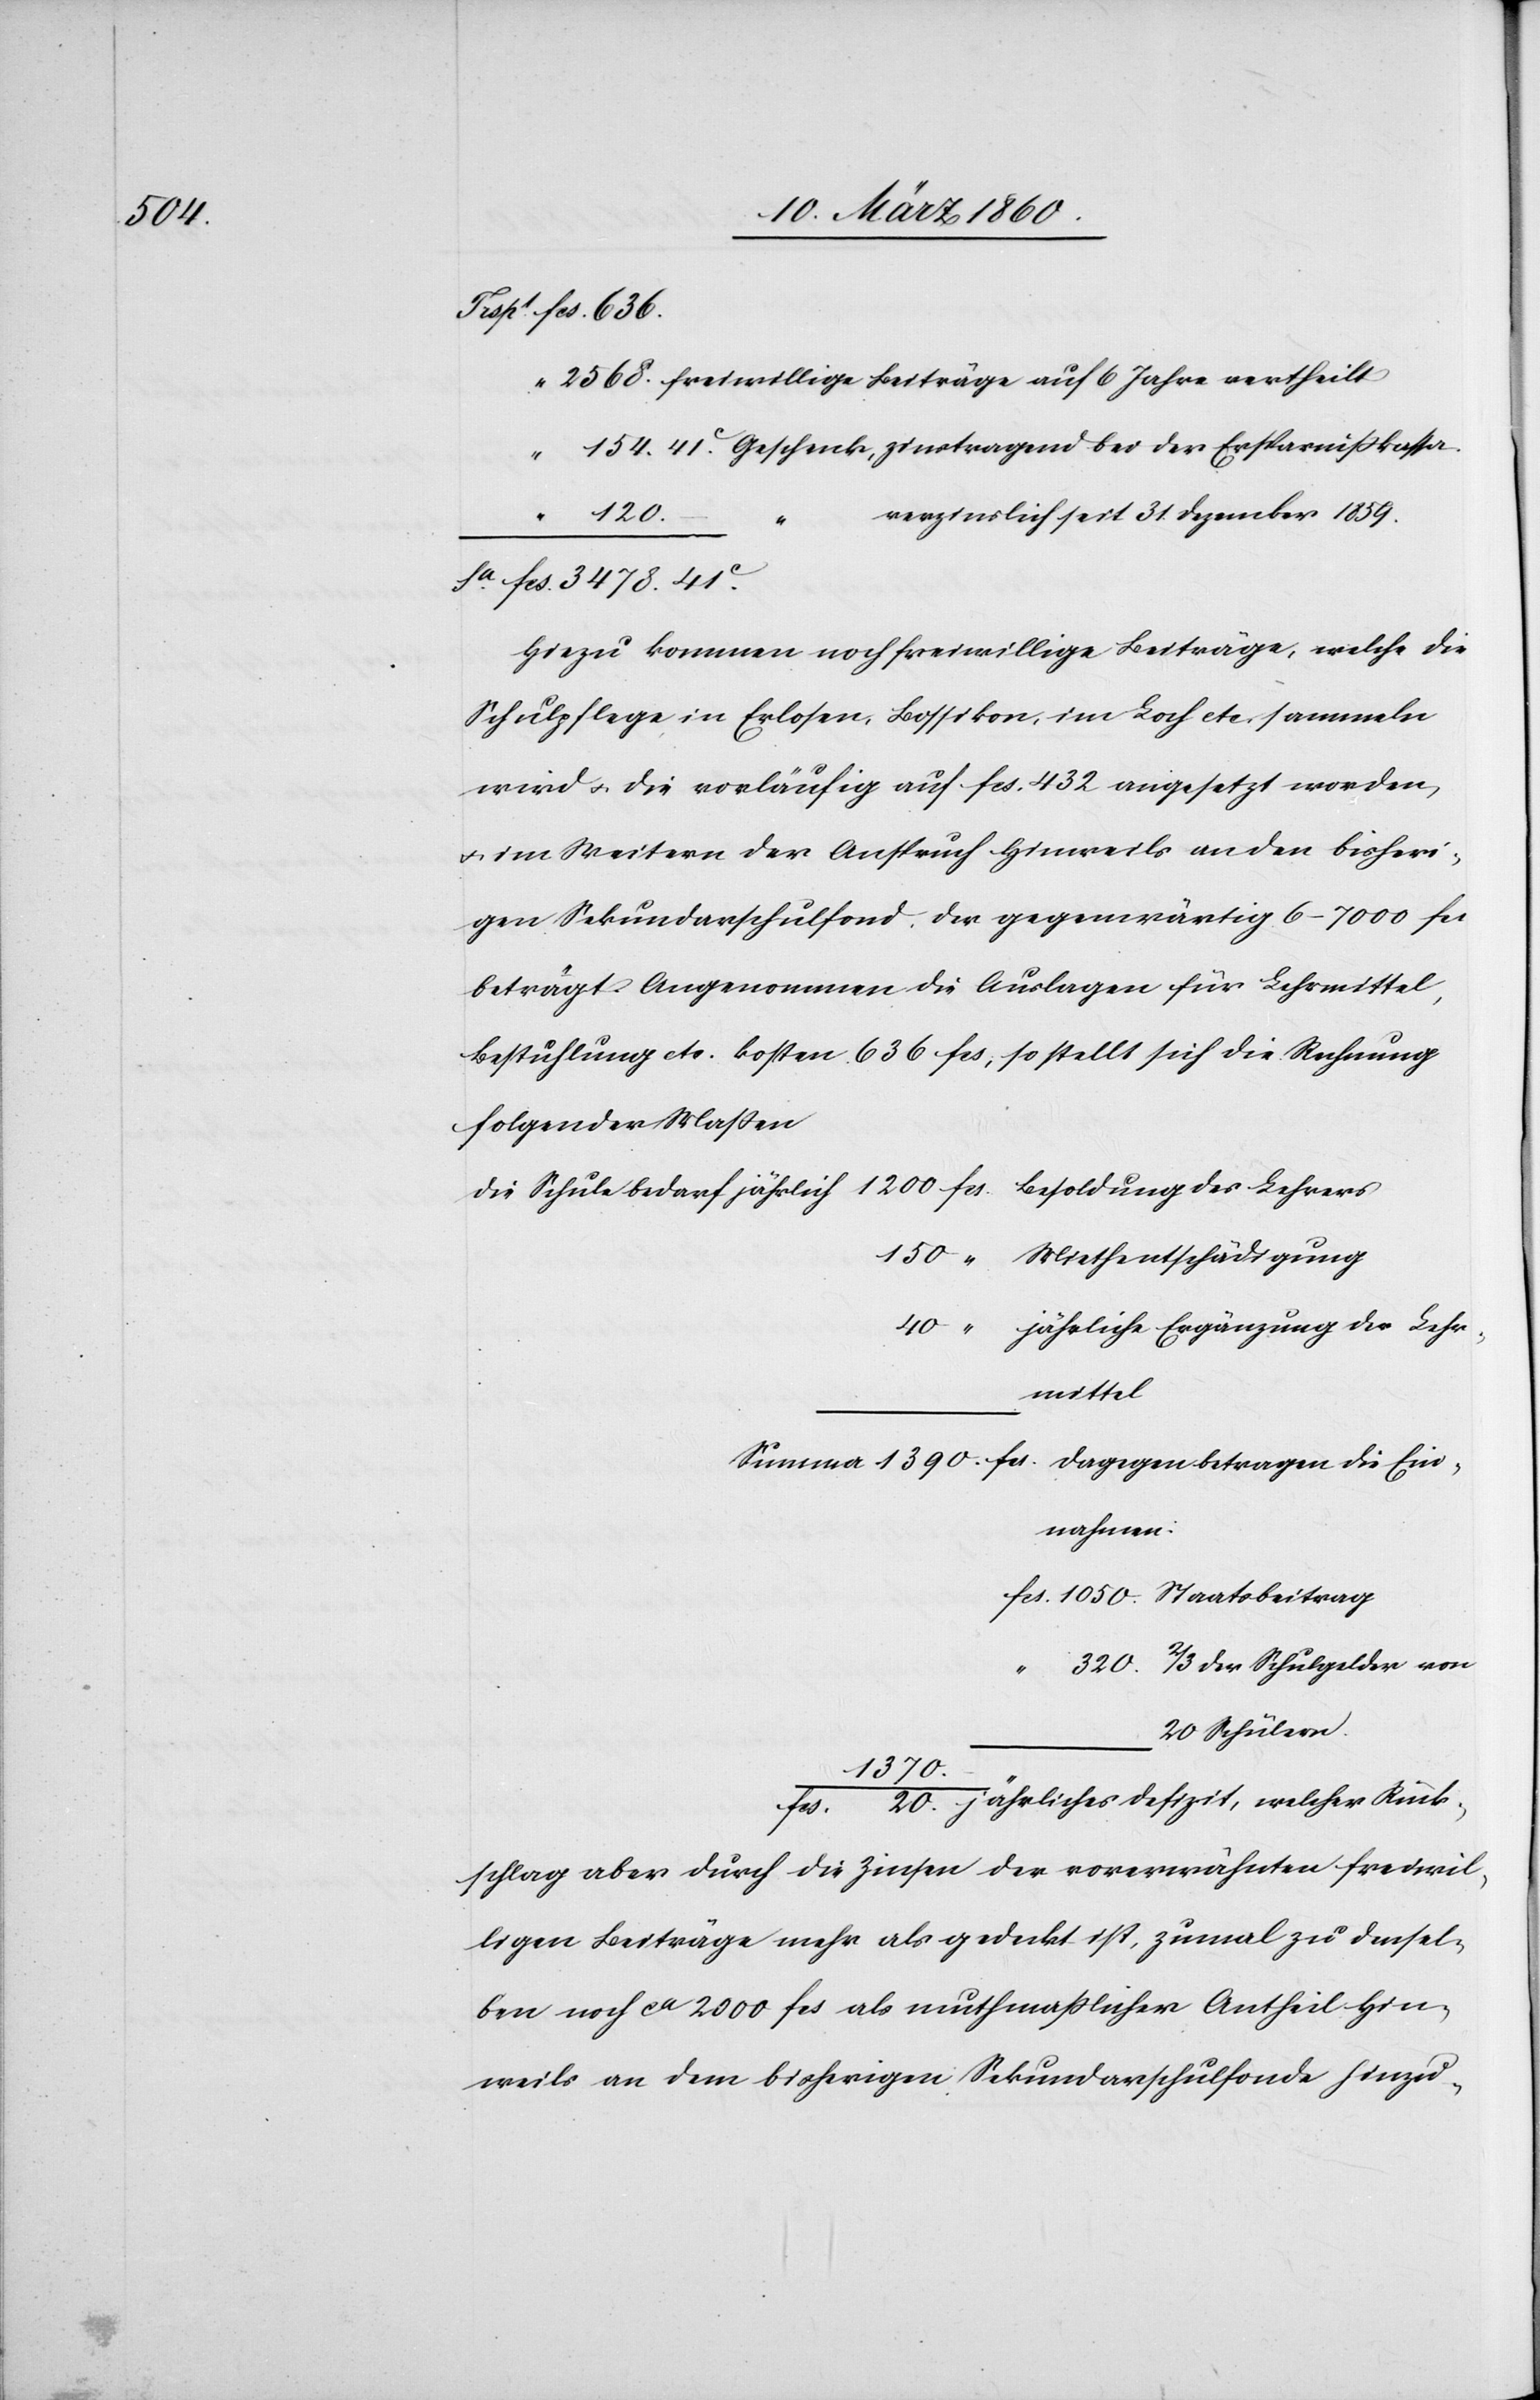
320.

schlag
verzinslich seit 31 Dezember 1859.
freiw¬
Hiezu kommen noch freiwillige Beiträge, welche die
Schulpflege in Erlosen, Bossikon, im Loch etc. sammeln
wird u. die vorläufig auf fcs. 432. angesetzt worden,
u. im Weitern der Anspruch Hinweils an den bisheri¬
gen Sekundarschulfond. Der gegenwärtig 6–7000 fcs
beträgt. Angenommen die Auslagen für Lehrmittel,
Bestuhlung etc. kosten 636 fcs, so stellt sich die Rechnung
folgender Massen
die Schule bedarf jährlich
Miethentschädigung
jährliche Ergänzung der Lehr¬
mittel
2/3 der Schulgelder von
20 Schülern
1370.
jährliches Defizit, welcher Rück¬
illigen Beiträge mehr als gedeckt ist, zumal zu densel¬
ben noch ca. 2000 fcs. als muthmasslicher Antheil Hin¬
weils an dem bisherigen Sekundarschulfonde hinzu-